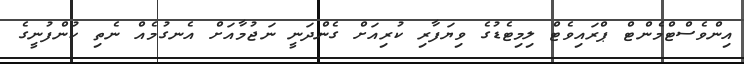
އިންވެސްޓްމެންޓް ޕްރައިވެޓް ލިމިޓެޑުގެ ވިޔަފާރި ކުރިއަށް ގެންދަނީ ނަޖުމާއަށް އެނގުމެއް ނެތި ކުންފުނީގެ